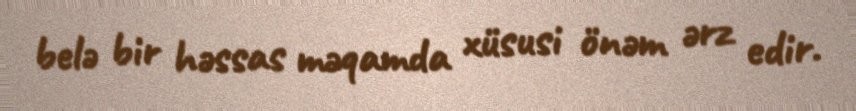
belə bir həssas məqamda xüsusi önəm ərz edir.